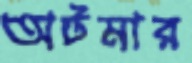
অটমার